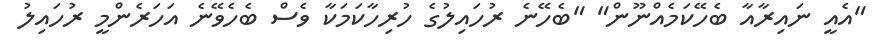
"އެއީ ނައިރާއާ ބެހޭކަމެއްނޫން" "ބެހޭނެ ރުހައިލުގެ ހުރިހާކަމަކާ ވެސް ބެހެވޭނެ އަހަރެންމީ ރުހައިލު